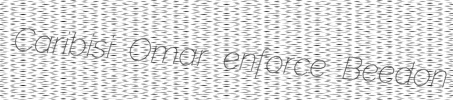
Caribisi Omar enforce Beedon